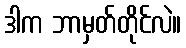
ဒါက ဘာမှတ်တိုင်လဲ။